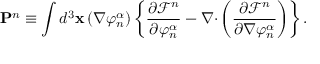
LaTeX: \mathbf { P } ^ { n } \equiv \int d ^ { 3 } \mathbf { x } \left( \nabla \varphi _ { n } ^ { \alpha } \right) \left\{ \frac { \partial \mathcal { F } ^ { n } } { \partial \varphi _ { n } ^ { \alpha } } - \nabla \mathbf { \cdot } \left( \frac { \partial \mathcal { F } ^ { n } } { \partial \nabla \varphi _ { n } ^ { \alpha } } \right) \right\} .